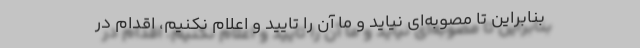
بنابراین تا مصوبه‌ای نیاید و ما آن را تایید و اعلام نکنیم، اقدام در